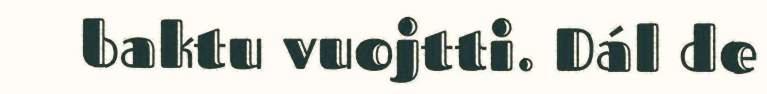
baktu vuojtti. Dál de